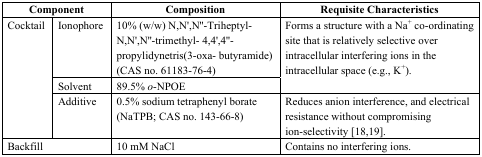
<table><thead><tr><td colspan="2"><b>Component</b></td><td><b>Composition</b></td><td><b>Requisite Characteristics</b></td></tr></thead><tbody><tr><td rowspan="3">Cocktail</td><td>Ionophore</td><td>10% (w/w) N,N′,N′′-Triheptyl-N,N′,N′′-trimethyl- 4,4′,4′′-propylidynetris(3-oxa- butyramide) (CAS no. 61183-76-4)</td><td rowspan="2">Forms a structure with a Na<sup>+</sup> co-ordinating site that is relatively selective over intracellular interfering ions in the intracellular space (e.g., K<sup>+</sup>).</td></tr><tr><td>Solvent</td><td>89.5% <i>o</i>-NPOE</td></tr><tr><td>Additive</td><td>0.5% sodium tetraphenyl borate (NaTPB; CAS no. 143-66-8)</td><td>Reduces anion interference, and electrical resistance without compromising ion-selectivity [18,19].</td></tr><tr><td colspan="2">Backfill</td><td>10 mM NaCl</td><td>Contains no interfering ions.</td></tr></tbody></table>